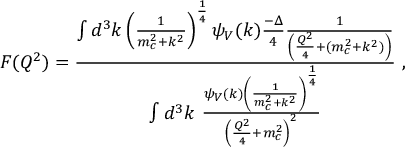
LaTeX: F ( Q ^ { 2 } ) = { \frac { \int d ^ { 3 } k \left( { \frac { 1 } { m _ { c } ^ { 2 } + k ^ { 2 } } } \right) ^ { \frac { 1 } { 4 } } \psi _ { V } ( k ) { \frac { - \Delta } { 4 } } { \frac { 1 } { \left( { \frac { Q ^ { 2 } } { 4 } } + ( m _ { c } ^ { 2 } + k ^ { 2 } ) \right) } } } { \int d ^ { 3 } k ~ { \frac { \psi _ { V } ( k ) \left( { \frac { 1 } { m _ { c } ^ { 2 } + k ^ { 2 } } } \right) ^ { \frac { 1 } { 4 } } } { \left( { \frac { Q ^ { 2 } } { 4 } } + m _ { c } ^ { 2 } \right) ^ { 2 } } } } } \ ,